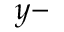
y -